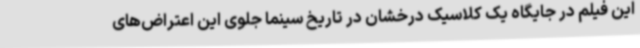
این فیلم در جایگاه یک کلاسیک درخشان در تاریخ سینما جلوی این اعتراض‌های